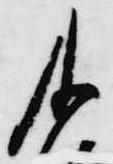
及